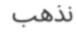
نذھب